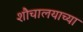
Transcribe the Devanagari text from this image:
शौचालयाच्या